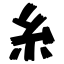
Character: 糸